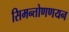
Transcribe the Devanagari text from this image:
सिमन्तोणणयन